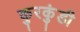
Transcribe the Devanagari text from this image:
कुरकुंडी